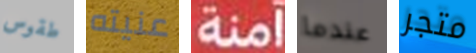
طقوس عنيته آمنة عندما متجر